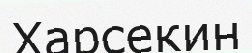
Харсекин